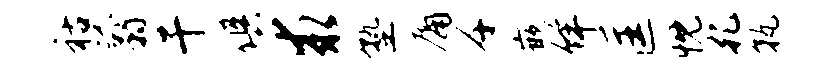
祜翦干俱求塾庸千嵌佯匡忱孔孰